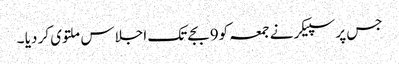
جس پر سپیکر نے جمعہ کو9بجے تک اجلاس ملتوی کر دیا ۔